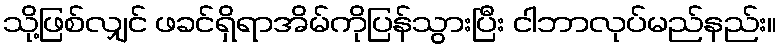
သို့ဖြစ်လျှင် ဖခင်ရှိရာအိမ်ကိုပြန်သွားပြီး ငါဘာလုပ်မည်နည်း။